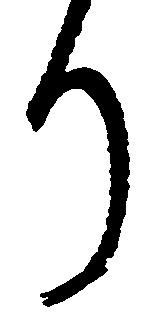
り